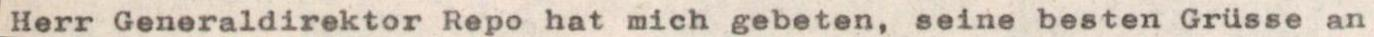
Herr Generaldirektor Repo hat mich gebeten, seine besten Grüsse an